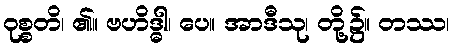
ဝုစ္စတိ၊ ၏။ ဗဟိဒ္ဓါ၊ ပေ။ အာဒီသု၊ တို့၌။ တဿ၊